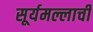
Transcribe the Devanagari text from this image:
सूर्यमल्लाची